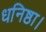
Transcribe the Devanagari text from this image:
धनिष्ठा।